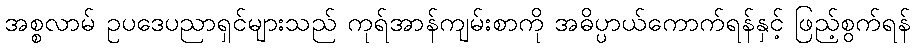
အစ္စလာမ် ဥပဒေပညာရှင်များသည် ကုရ်အာန်ကျမ်းစာကို အဓိပ္ပာယ်ကောက်ရန်နှင့် ဖြည့်စွက်ရန်